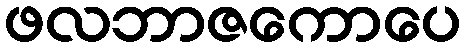
ဖလဘာဇကောပေ